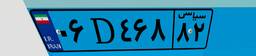
۲۶D۴۸۵۰۱